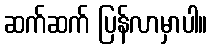
ဆက်ဆက် ပြန်လာမှာပါ။